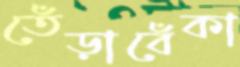
তেঁড়াবেঁকা